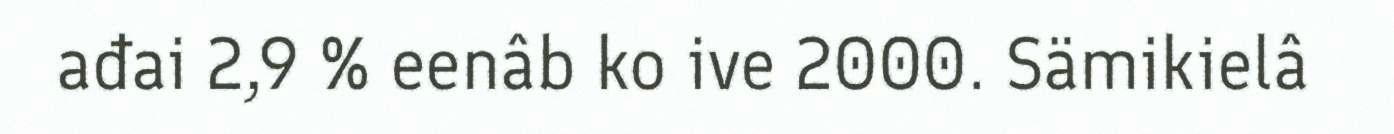
ađai 2,9 % eenâb ko ive 2000. Sämikielâ